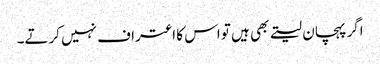
اگر پہچان لیتے بھی ہیں تو اس کا اعتراف نہیں کرتے۔